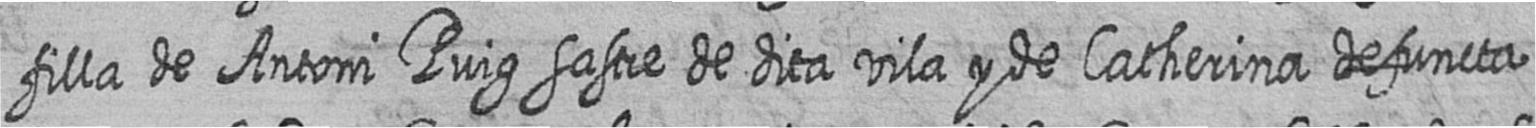
filla de Antoni Puig sastre de dita vila y de Catherina defuncta